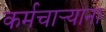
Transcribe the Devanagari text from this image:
कर्मचार्‍याना